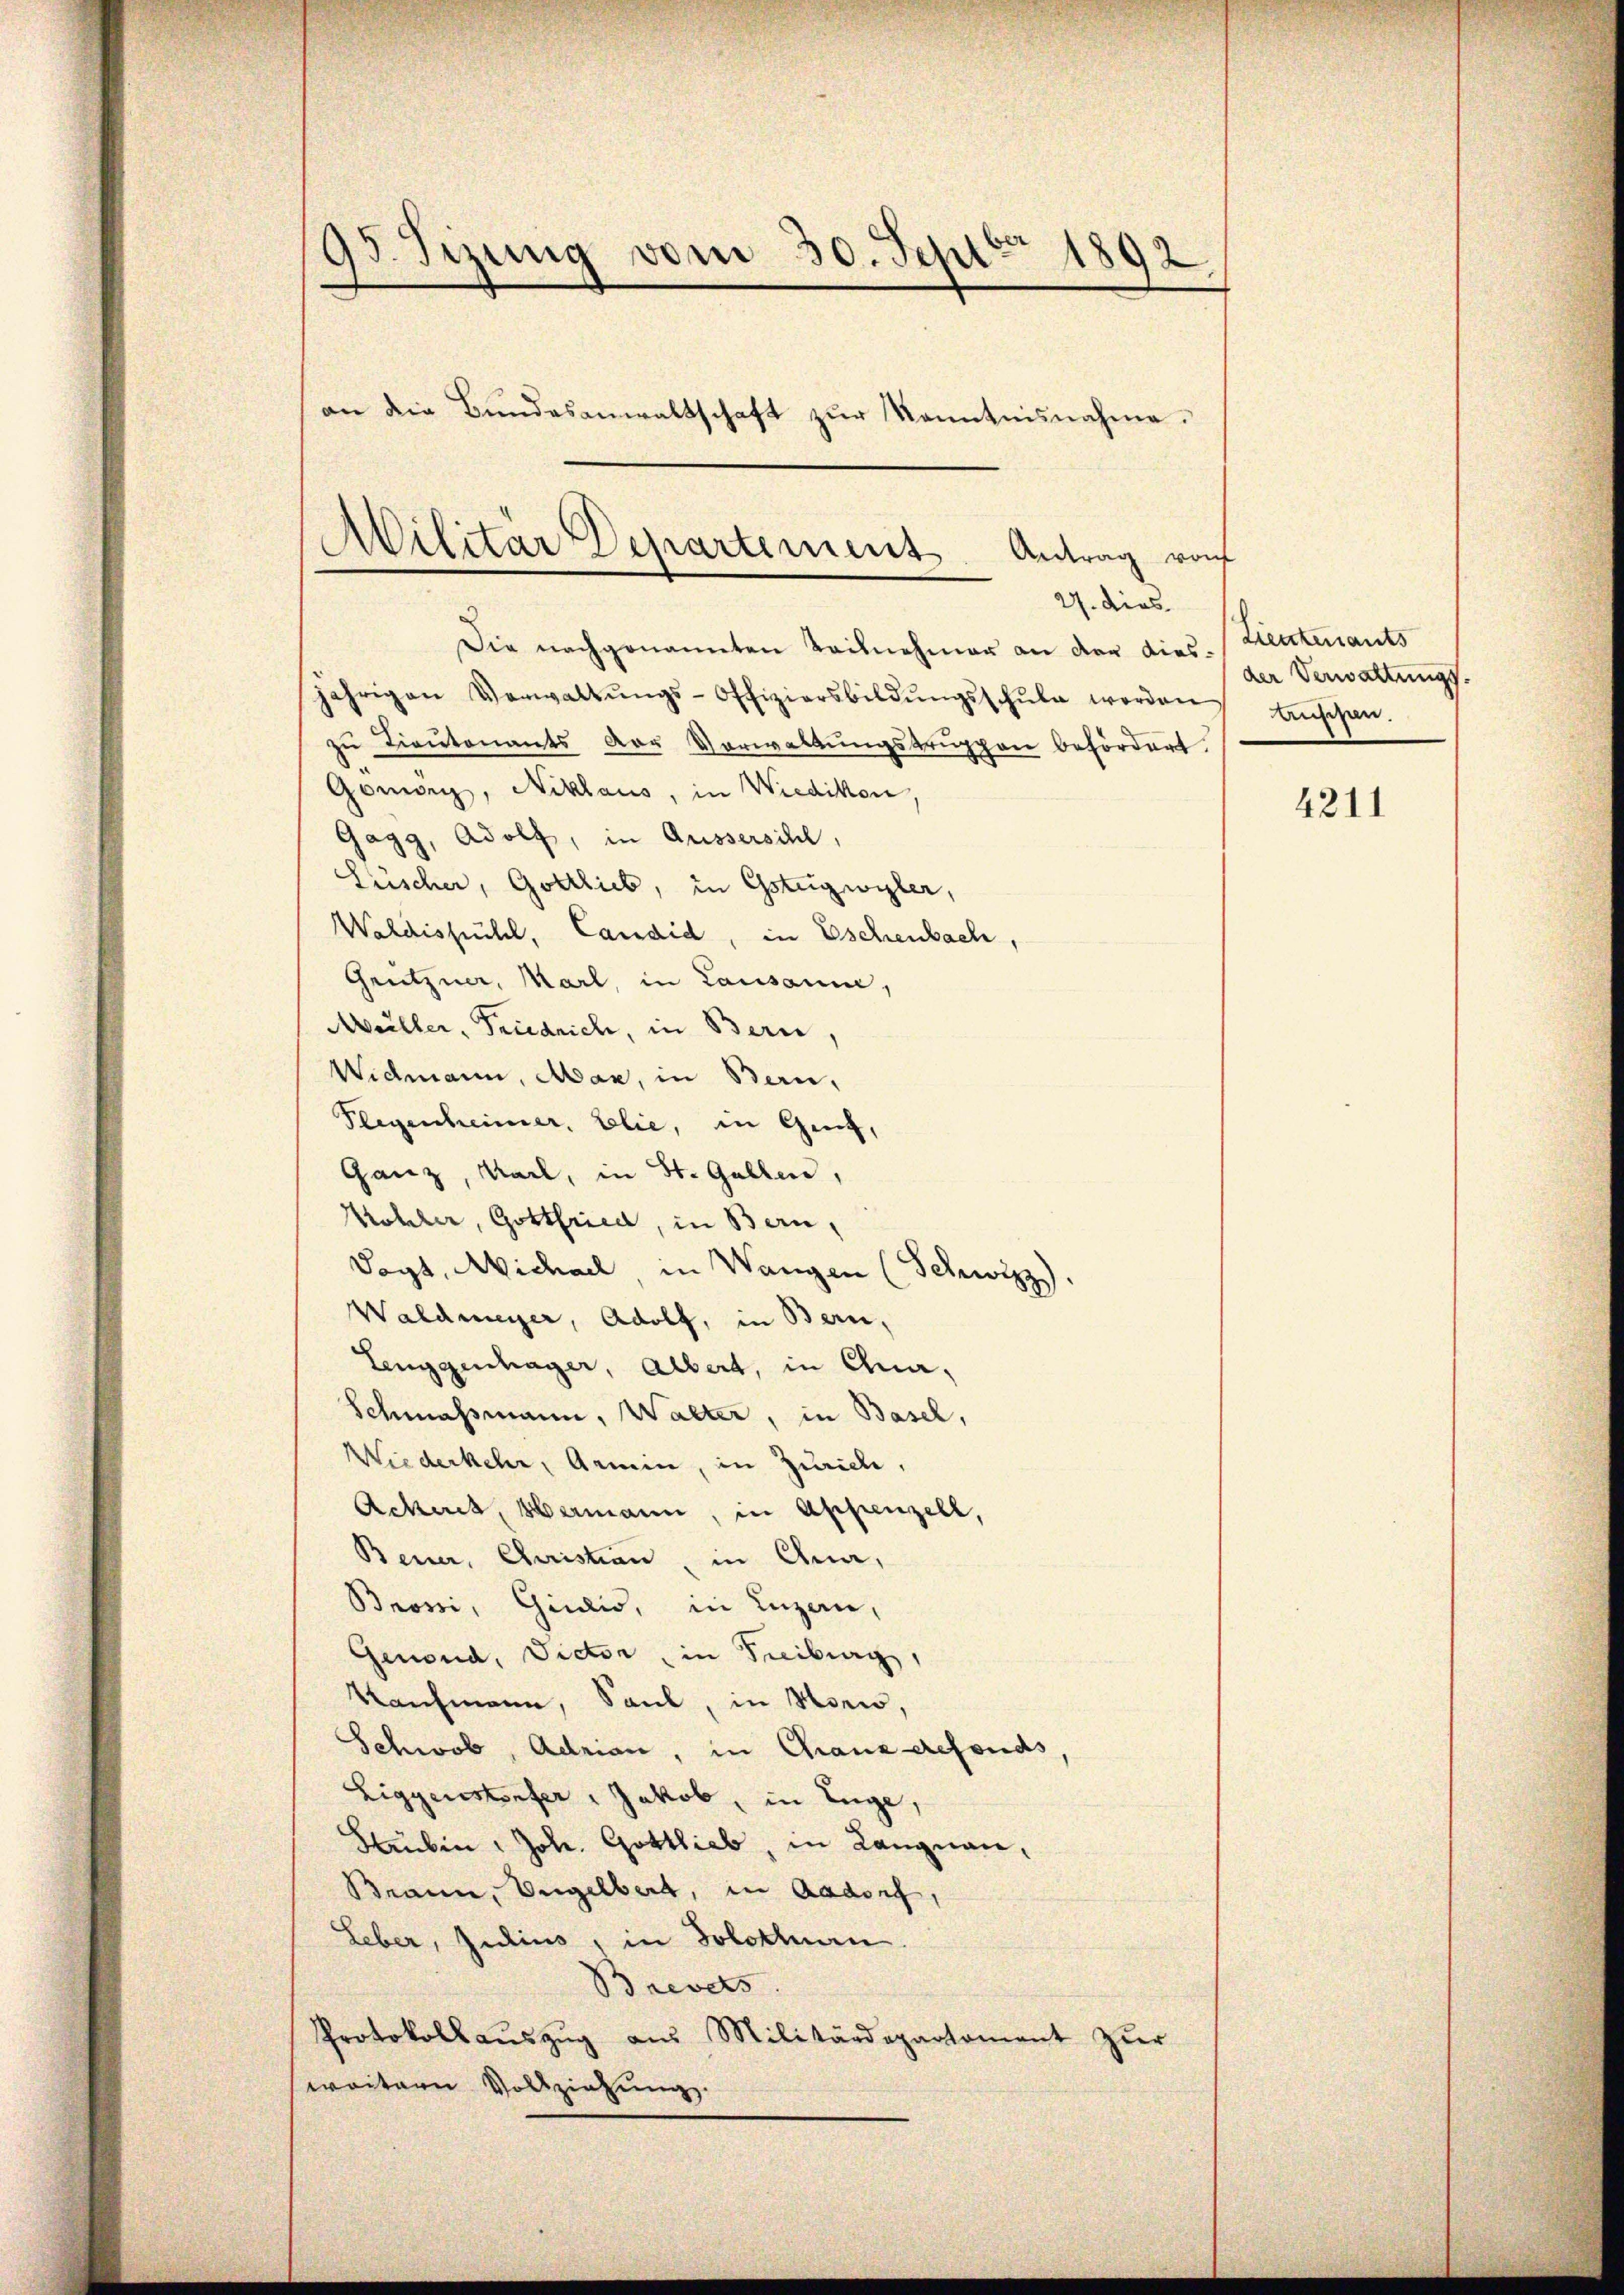
15. Sizung vom 30. Sept. 1892
¬
an die Bundesanwaltschaft zur Kenntnisnahme.

Militär Departement. Antrag von
27. dies

Die nachgenannten Teilnehmer an der dies- Heutenants
jährigen Verwaltŭngs-Offiziersbildŭngsschŭle worden emsigen.
zu Lieutenants der Vorwaltungstruppen befördert
Gomirg, Niklaus, in Wiedikon,
Gagg, Adolf, in Aussersihl,
Füscher, Gottlieb, in Gsteigwyler,
Waldisfühl, Candid, in Eschenbach,
Grützner, Marl, in Lausanne,
Müller, Friedrich, in Bern
Widmann, Man, in Bern,
Flegenheimer, blie, in Genf,
Ganz, Karl, in St. Gallen,
Kohler, Gottfried, in Bern,
Vagt, Michael in Wangen (Schwizz).
Waldmeyer, Adolf, in Bern,
Lenggenhager, Albert, in Qua¬
Schmaßmann, Walter, in Basel,
Wiederkehr, Aemin, in Zürich,
Ackeret, vermann, in Appenzell,
Benner, Christian, in Chua,
Brosi, Giulio, in Luzern,
Genond, Victor, in Freiburg,
Kaufmann, Saul, in Mono,
Schwab, Adrian, in Granz gefonds
Eiggenstorfer, Jakob, in Enge,
Haubin, Joh. Gottlieb, in Langnau,
Brann, Engelbert, in Aadorf,
Leber, Julius, in Solothurn
Brevets.
Protokoll aŭszŭg aŭs Militärdepartament zŭr
weitern Vollziehung.

der Verwaltungs

4211